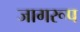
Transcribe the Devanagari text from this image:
जागरूप